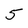
Character: 5